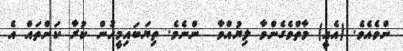
ންވެއެވެ. (އެއީ) މާތްވެގެންވާ ލިޔުއްވާ  ންނެވެ. ތިޔަބައިމީހުން ކުރާ ކަންތައް އެ